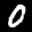
Label: 0